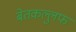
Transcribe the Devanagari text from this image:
बेतकल्लुफ